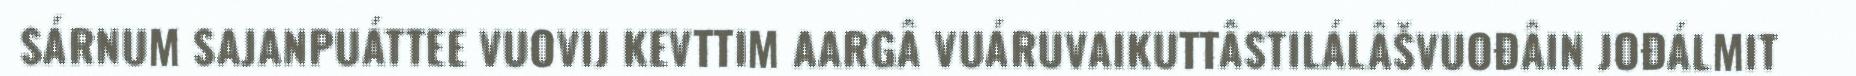
SÁRNUM SAJANPUÁTTEE VUOVIJ KEVTTIM AARGÂ VUÁRUVAIKUTTÂSTILÁLÂŠVUOĐÂIN JOĐÁLMIT